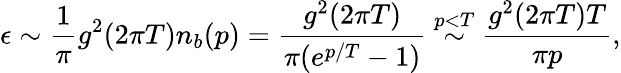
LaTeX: \epsilon\sim\frac{1}{\pi}g^{2}(2\pi T)n_{b}(p)=\frac{g^{2}(2\pi T)}{\pi(e^{p/T}-1)}\stackrel{p<T}{\sim}\frac{g^{2}(2\pi T)T}{\pi p},